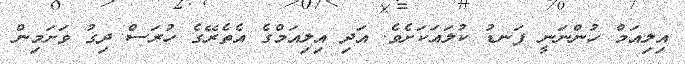
އިލިއަމް ހުންނަނީ ފަނޑު ކުލައަކަށެވެ. އަދި އިލިއަމްގެ އެތެރޭގެ ހުރަސް ދިގު ވަށަމިން